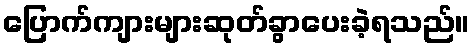
ပြောက်ကျားများဆုတ်ခွာပေးခဲ့ရသည်။